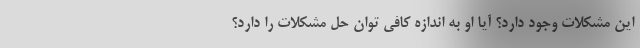
این مشکلات وجود دارد؟ آیا او به اندازه کافی توان حل مشکلات را دارد؟